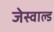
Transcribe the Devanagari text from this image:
जेस्वाल्ड